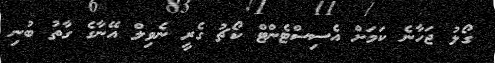
ގޯލު ޖަހާނެ ކަމަށް އެސިސްޓެންޓް ކޯޗު ގެރީ ނެވިލް އޭނާގެ ގާތު ބުނި